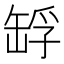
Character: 𦈴